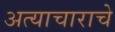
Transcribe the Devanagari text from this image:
अत्‍याचाराचे